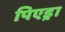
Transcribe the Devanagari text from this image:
पिएड्रा